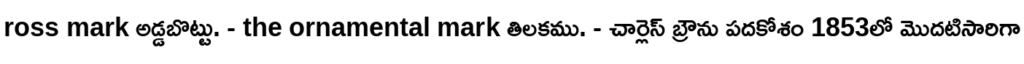
ross mark అడ్డబొట్టు. - the ornamental mark తిలకము. - చార్లెస్ బ్రౌను పదకోశం 1853లో మొదటిసారిగా